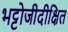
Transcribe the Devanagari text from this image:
भट्टोजीदीक्षित